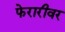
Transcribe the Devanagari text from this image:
फेरारीवर